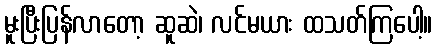
မူးပြီးပြန်လာတော့ ဆူဆဲ၊ လင်မယား ထသတ်ကြပေါ့။